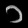
Digit: ၁